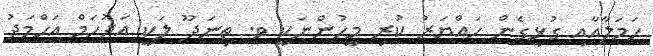
ހަމަލާއާއި ގުޅިގެން ހައްޔަރު ކުރި މީހުންނަކީ ވ. ތިނަދޫ ލަކީ އަދުހަމް އަހްމަދު